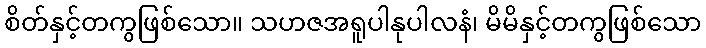
စိတ်နှင့်တကွဖြစ်သော။ သဟဇအရူပါနုပါလနံ၊ မိမိနှင့်တကွဖြစ်သော